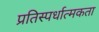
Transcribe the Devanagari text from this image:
प्रतिस्‍पर्धात्‍मकता